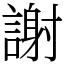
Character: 謝